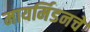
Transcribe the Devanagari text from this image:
मायर्मिडनचे